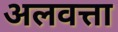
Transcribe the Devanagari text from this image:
अलवत्ता